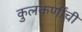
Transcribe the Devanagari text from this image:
कुलकर्णींची